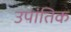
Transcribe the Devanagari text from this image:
उपांतिक